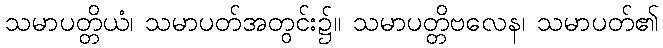
သမာပတ္တိယံ၊ သမာပတ်အတွင်း၌။ သမာပတ္တိဗလေန၊ သမာပတ်၏